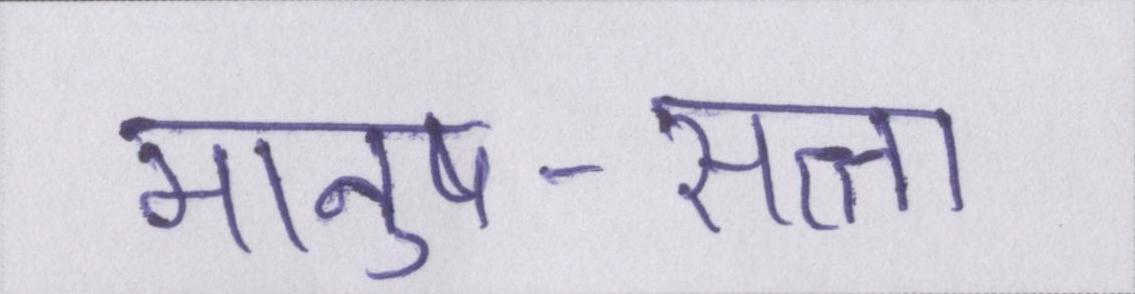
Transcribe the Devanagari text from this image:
मानुष-सत्ता